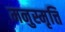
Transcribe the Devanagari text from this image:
मनुस्मृत्ति